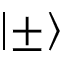
\left| \pm \right\rangle